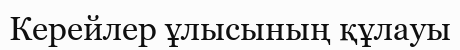
Керейлер ұлысының құлауы